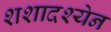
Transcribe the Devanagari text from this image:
शशादश्येन